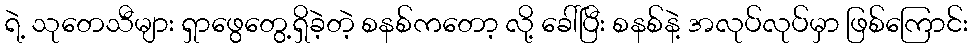
ရဲ့ သုတေသီများ ရှာဖွေတွေ့ရှိခဲ့တဲ့ စနစ်ကတော့ လို့ ခေါ်ပြီး စနစ်နဲ့ အလုပ်လုပ်မှာ ဖြစ်ကြောင်း